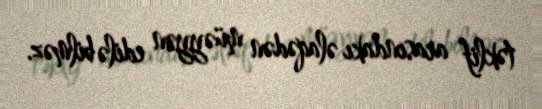
təklif arasındakı əlaqədən müəyyən edilə bilməz.